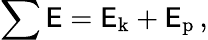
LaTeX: \sum\mathsf{E}=\mathsf{E}_{\mathrm{{k}}}+\mathsf{E}_{\mathrm{{p}}}\, ,